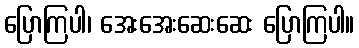
ပြောကြပါ၊ အေးအေးဆေးဆေး ပြောကြပါ။